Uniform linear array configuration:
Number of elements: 32
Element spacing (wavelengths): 0.75
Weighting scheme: kaiser
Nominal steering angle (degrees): -60
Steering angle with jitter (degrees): -58.722
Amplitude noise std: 0.05
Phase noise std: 0.05

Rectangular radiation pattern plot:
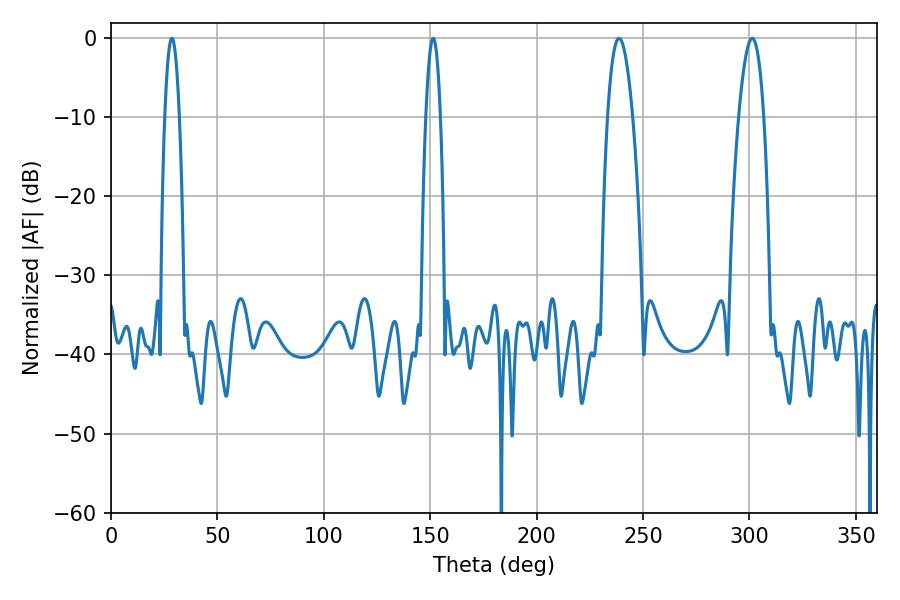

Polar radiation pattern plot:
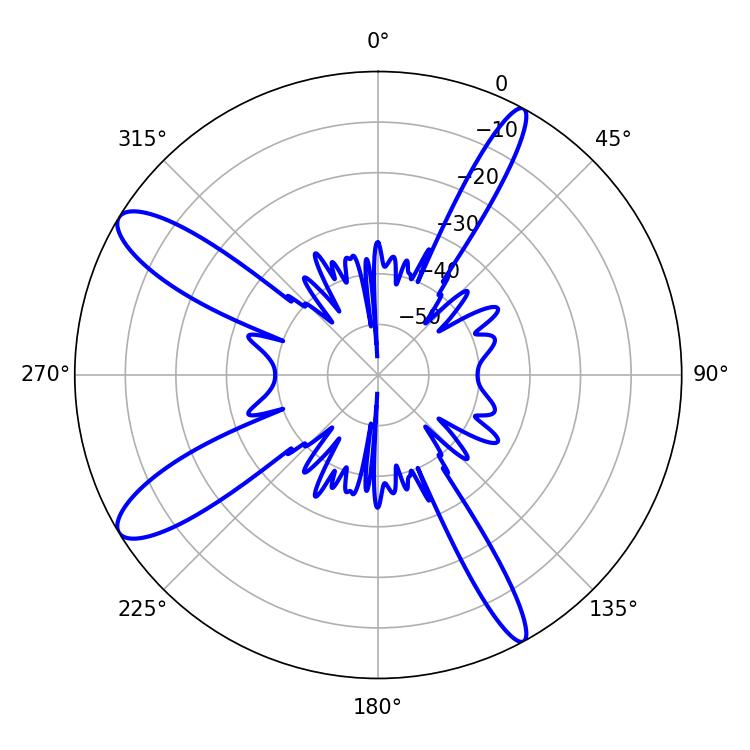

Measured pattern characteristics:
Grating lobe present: TRUE
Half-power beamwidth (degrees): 3.6
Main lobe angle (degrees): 28.62